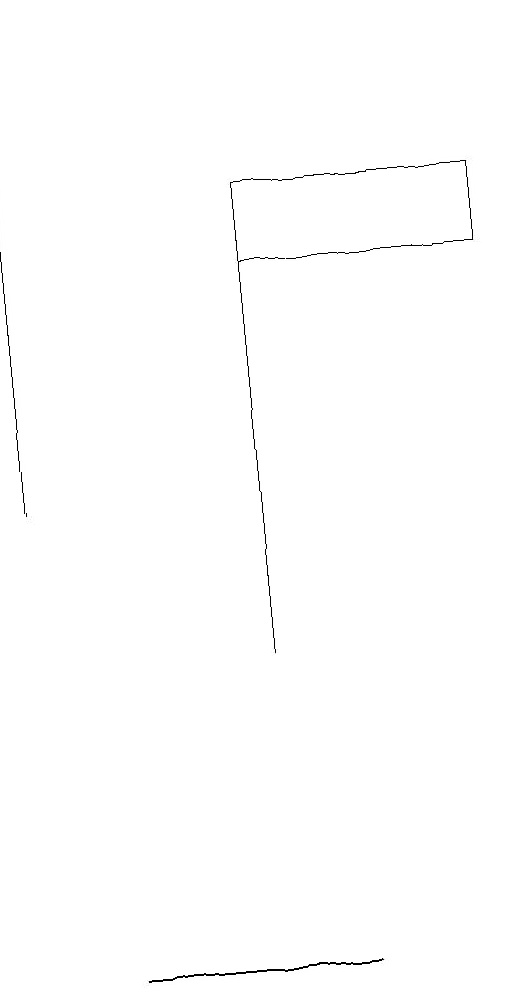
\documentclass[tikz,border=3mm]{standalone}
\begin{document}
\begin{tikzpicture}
\draw (6,16) rectangle (6,11);
\draw (4,7) -- (4,7) -- (7,7) -- cycle;
\draw[->] (3,13) -- (3,19);
\draw (6,17) rectangle (9,16);
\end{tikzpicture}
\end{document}